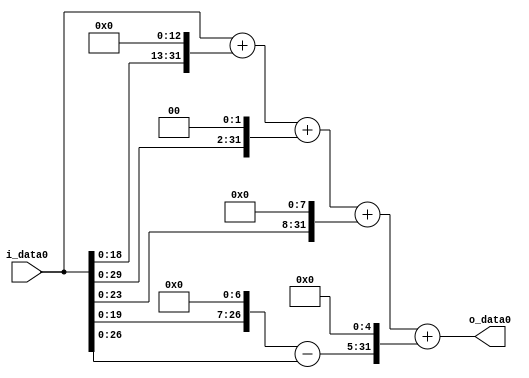
module multiplier_block_83 (
    i_data0,
    o_data0
);
  input   [31:0] i_data0;
  output  [31:0]
    o_data0;
  wire [31:0]
    w1,
    w8192,
    w8193,
    w4,
    w8197,
    w256,
    w8453,
    w128,
    w127,
    w4064,
    w12517;
  assign w1 = i_data0;
  assign w12517 = w8453 + w4064;
  assign w127 = w128 - w1;
  assign w128 = w1 << 7;
  assign w256 = w1 << 8;
  assign w4 = w1 << 2;
  assign w4064 = w127 << 5;
  assign w8192 = w1 << 13;
  assign w8193 = w1 + w8192;
  assign w8197 = w8193 + w4;
  assign w8453 = w8197 + w256;
  assign o_data0 = w12517;
endmodule